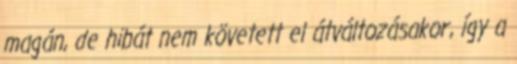
magán, de hibát nem követett el átváltozásakor, így a